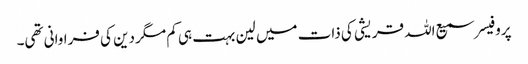
پروفیسر سمیع اللہ قریشی کی ذات میں لین بہت ہی کم مگر دین کی فراوانی تھی۔